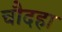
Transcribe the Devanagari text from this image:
चौदहा